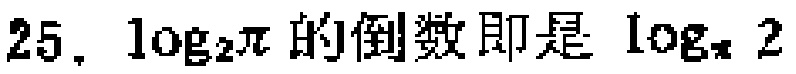
$25.\ \log_{2}\pi 的倒数即是\ \log_{\pi}2$